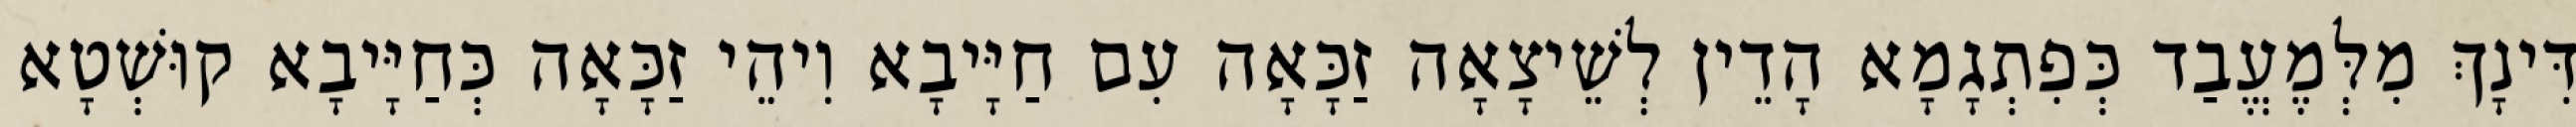
דִּינָךְ מִלְּמֶעֱבַד כְּפִתְגָמָא הָדֵין לְשֵׁיצָאָה זַכָּאָה עִם חַיָּיבָא וִיהֵי זַכָּאָה כְּחַיָּיבָא קוּשְׁטָא